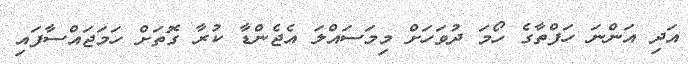
އަދި އަންނަ ހަފްތާގެ ހޯމަ ދުވަހަށް މިމަސައްލަ އެޖެންޑާ ކުރާ ގޮތަށް ހަމަޖައްސާފައި